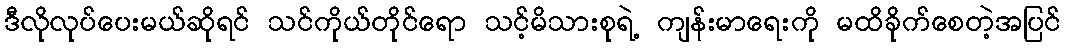
ဒီလိုလုပ်ပေးမယ်ဆိုရင် သင်ကိုယ်တိုင်ရော သင့်မိသားစုရဲ့ ကျန်းမာရေးကို မထိခိုက်စေတဲ့အပြင်